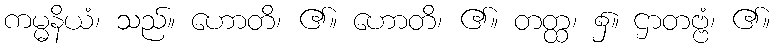
ကမ္မနိယံ၊ သည်။ ဟောတိ၊ ၏။ ဟောတိ၊ ၏။ တတ္ထ၊ ၌။ ဌာတဗ္ဗံ၊ ၏။